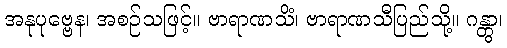
အနုပုဗ္ဗေန၊ အစဉ်သဖြင့်။ ဗာရာဏသိံ၊ ဗာရာဏသီပြည်သို့။ ဂန္တွာ၊